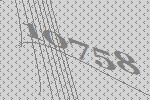
10758